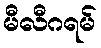
မီလီဂရမ်